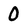
Character: 0